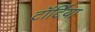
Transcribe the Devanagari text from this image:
टॉर्टिया